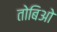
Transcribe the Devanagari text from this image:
तोबिओ